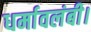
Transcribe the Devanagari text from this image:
धर्मावलंबी।